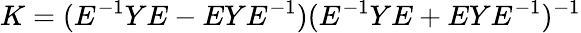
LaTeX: K=(E^{-1}YE-EYE^{-1})(E^{-1}YE+EYE^{-1})^{-1}